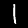
Label: 1